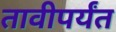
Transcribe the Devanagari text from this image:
तावीपर्यंत